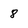
Character: 8